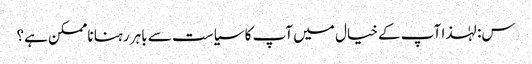
س: لہٰذا آپ کے خیال میں آپ کا سیاست سے باہر رہنا ناممکن ہے؟